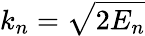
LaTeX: k_{n}=\sqrt{2E_{n}}